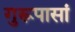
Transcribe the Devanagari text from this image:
गुरूपासां